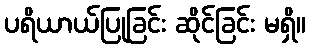
ပရိယာယ်ပြုခြင်း ဆိုင်ခြင်း မရှိ။